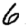
Digit: 6